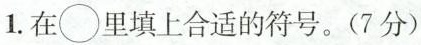
1.在\bigcirc 里填上合适的符号。(7分)